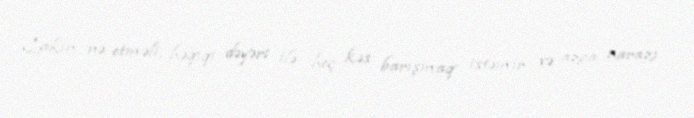
Lakin nə etməli, həqiqi dəyəri ilə heç kəs barışmaq istəmir və azca narazı